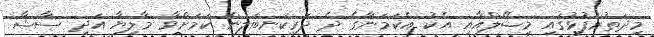
މިދަތުރުފުޅުގައި މިޝޭލްއާއި އެކު އެކަމަނާގެ ދެ ދަރިކަނބަލުން ކަމަށްވާ މާލިޔާ އަދި ސާޝާ